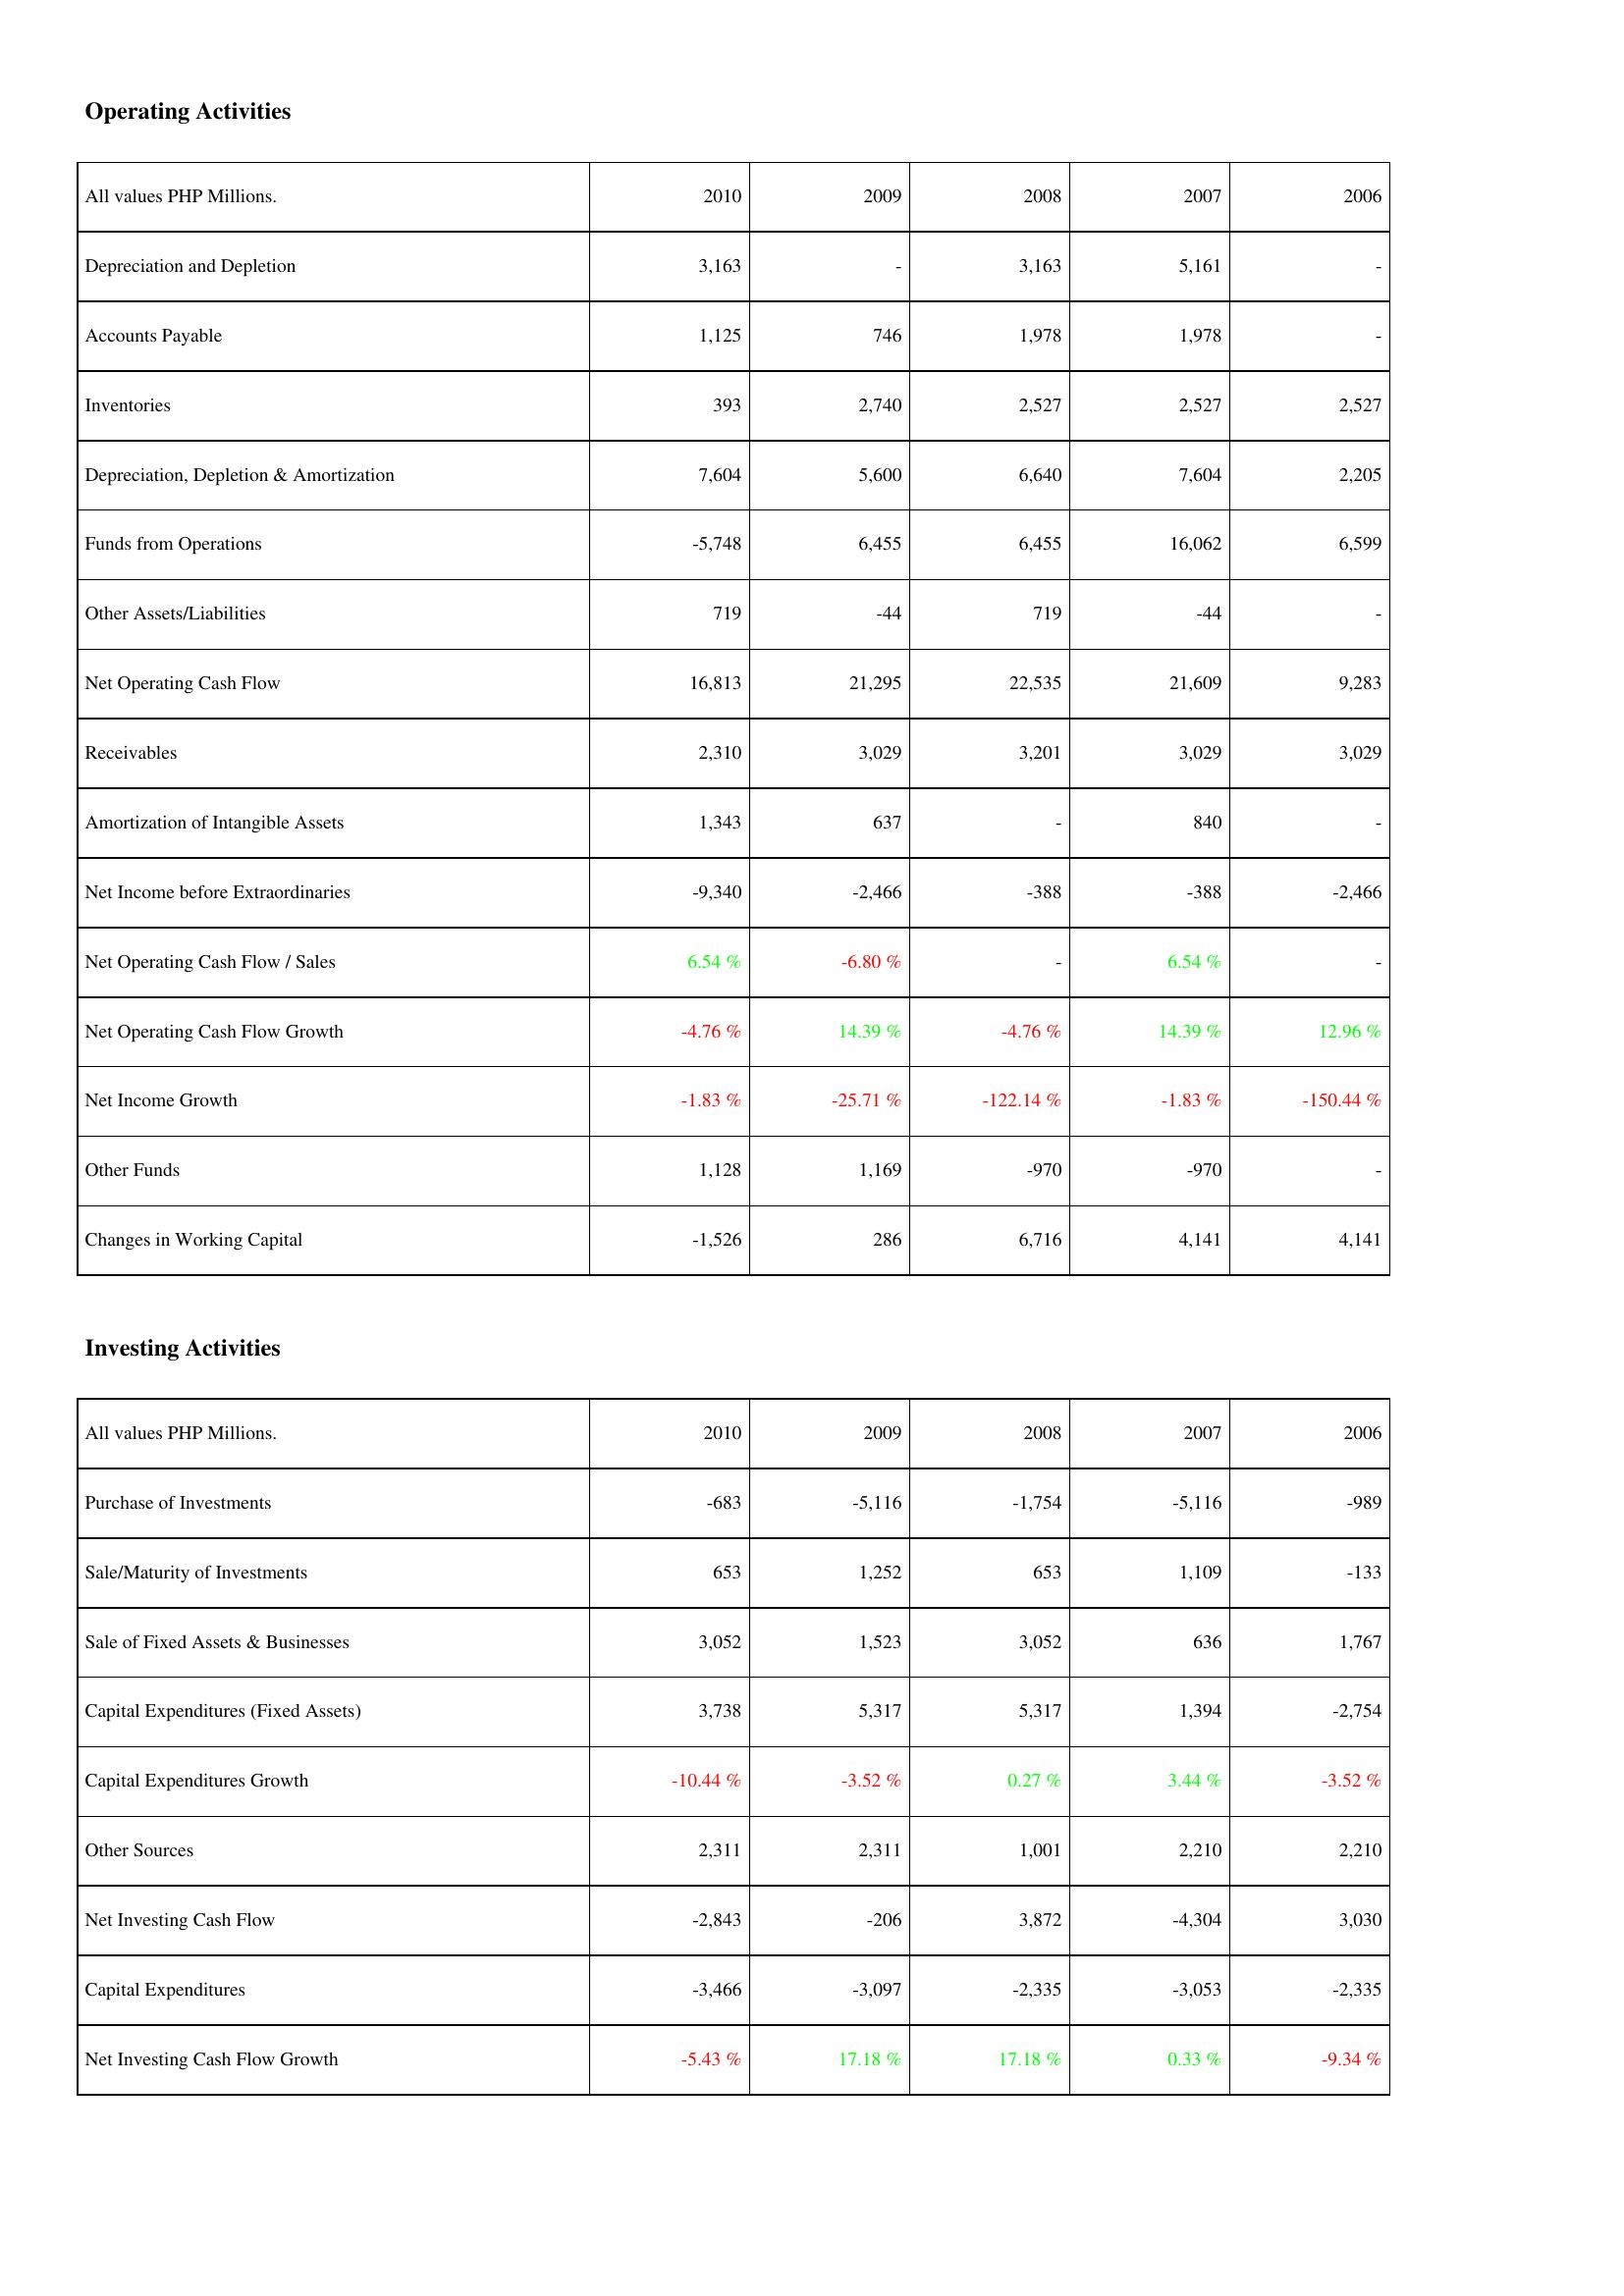
2010: Operating Activities: Depreciation and Depletion: 3,163
Accounts Payable: 1,125
Inventories: 393
Depreciation, Depletion & Amortization: 7,604
Funds from Operations: -5,748
Other Assets/Liabilities: 719
Net Operating Cash Flow: 16,813
Receivables: 2,310
Amortization of Intangible Assets: 1,343
Net Income before Extraordinaries: -9,340
Net Operating Cash Flow / Sales: 6.54 %
Net Operating Cash Flow Growth: -4.76 %
Net Income Growth: -1.83 %
Other Funds: 1,128
Changes in Working Capital: -1,526
Investing Activities: Purchase of Investments: -683
Sale/Maturity of Investments: 653
Sale of Fixed Assets & Businesses: 3,052
Capital Expenditures (Fixed Assets): 3,738
Capital Expenditures Growth: -10.44 %
Other Sources: 2,311
Net Investing Cash Flow: -2,843
Capital Expenditures: -3,466
Net Investing Cash Flow Growth: -5.43 %
2009: Operating Activities: Depreciation and Depletion: -
Accounts Payable: 746
Inventories: 2,740
Depreciation, Depletion & Amortization: 5,600
Funds from Operations: 6,455
Other Assets/Liabilities: -44
Net Operating Cash Flow: 21,295
Receivables: 3,029
Amortization of Intangible Assets: 637
Net Income before Extraordinaries: -2,466
Net Operating Cash Flow / Sales: -6.80 %
Net Operating Cash Flow Growth: 14.39 %
Net Income Growth: -25.71 %
Other Funds: 1,169
Changes in Working Capital: 286
Investing Activities: Purchase of Investments: -5,116
Sale/Maturity of Investments: 1,252
Sale of Fixed Assets & Businesses: 1,523
Capital Expenditures (Fixed Assets): 5,317
Capital Expenditures Growth: -3.52 %
Other Sources: 2,311
Net Investing Cash Flow: -206
Capital Expenditures: -3,097
Net Investing Cash Flow Growth: 17.18 %
2008: Operating Activities: Depreciation and Depletion: 3,163
Accounts Payable: 1,978
Inventories: 2,527
Depreciation, Depletion & Amortization: 6,640
Funds from Operations: 6,455
Other Assets/Liabilities: 719
Net Operating Cash Flow: 22,535
Receivables: 3,201
Amortization of Intangible Assets: -
Net Income before Extraordinaries: -388
Net Operating Cash Flow / Sales: -
Net Operating Cash Flow Growth: -4.76 %
Net Income Growth: -122.14 %
Other Funds: -970
Changes in Working Capital: 6,716
Investing Activities: Purchase of Investments: -1,754
Sale/Maturity of Investments: 653
Sale of Fixed Assets & Businesses: 3,052
Capital Expenditures (Fixed Assets): 5,317
Capital Expenditures Growth: 0.27 %
Other Sources: 1,001
Net Investing Cash Flow: 3,872
Capital Expenditures: -2,335
Net Investing Cash Flow Growth: 17.18 %
2007: Operating Activities: Depreciation and Depletion: 5,161
Accounts Payable: 1,978
Inventories: 2,527
Depreciation, Depletion & Amortization: 7,604
Funds from Operations: 16,062
Other Assets/Liabilities: -44
Net Operating Cash Flow: 21,609
Receivables: 3,029
Amortization of Intangible Assets: 840
Net Income before Extraordinaries: -388
Net Operating Cash Flow / Sales: 6.54 %
Net Operating Cash Flow Growth: 14.39 %
Net Income Growth: -1.83 %
Other Funds: -970
Changes in Working Capital: 4,141
Investing Activities: Purchase of Investments: -5,116
Sale/Maturity of Investments: 1,109
Sale of Fixed Assets & Businesses: 636
Capital Expenditures (Fixed Assets): 1,394
Capital Expenditures Growth: 3.44 %
Other Sources: 2,210
Net Investing Cash Flow: -4,304
Capital Expenditures: -3,053
Net Investing Cash Flow Growth: 0.33 %
2006: Operating Activities: Depreciation and Depletion: -
Accounts Payable: -
Inventories: 2,527
Depreciation, Depletion & Amortization: 2,205
Funds from Operations: 6,599
Other Assets/Liabilities: -
Net Operating Cash Flow: 9,283
Receivables: 3,029
Amortization of Intangible Assets: -
Net Income before Extraordinaries: -2,466
Net Operating Cash Flow / Sales: -
Net Operating Cash Flow Growth: 12.96 %
Net Income Growth: -150.44 %
Other Funds: -
Changes in Working Capital: 4,141
Investing Activities: Purchase of Investments: -989
Sale/Maturity of Investments: -133
Sale of Fixed Assets & Businesses: 1,767
Capital Expenditures (Fixed Assets): -2,754
Capital Expenditures Growth: -3.52 %
Other Sources: 2,210
Net Investing Cash Flow: 3,030
Capital Expenditures: -2,335
Net Investing Cash Flow Growth: -9.34 %